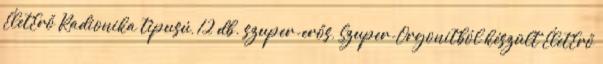
ÉletErő Radionika tipusú, 12 db. szuper-erős, Szuper-Orgonitból készült ÉletErő